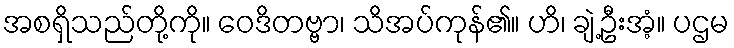
အစရှိသည်တို့ကို။ ဝေဒိတဗ္ဗာ၊ သိအပ်ကုန်၏။ ဟိ၊ ချဲ့ဦးအံ့။ ပဌမ